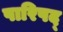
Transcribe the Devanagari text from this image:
पारिषद्